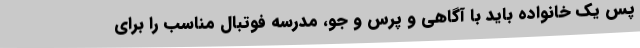
پس یک خانواده باید با آگاهی و پرس و جو، مدرسه فوتبال مناسب را برای